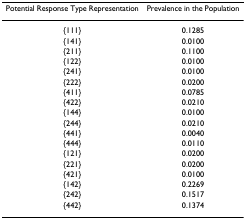
| Potential Response Type Representation | Prevalence in the Population |
 | --- | --- |
 | {111} | 0.1285 |
 | {141} | 0.0100 |
 | {211} | 0.1100 |
 | {122} | 0.0100 |
 | {241} | 0.0100 |
 | {222} | 0.0200 |
 | {411} | 0.0785 |
 | {422} | 0.0210 |
 | {144} | 0.0100 |
 | {244} | 0.0210 |
 | {441} | 0.0040 |
 | {444} | 0.0110 |
 | {121} | 0.0200 |
 | {221} | 0.0200 |
 | {421} | 0.0100 |
 | {142} | 0.2269 |
 | {242} | 0.1517 |
 | {442} | 0.1374 |